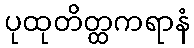
ပုထုတိတ္ထကရာနံ